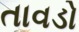
તાવડો